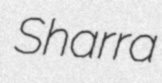
Sharra